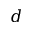
d